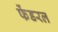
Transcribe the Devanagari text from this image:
फेंडरल